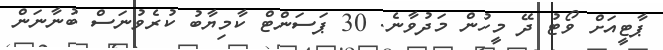
ޕާޓީއަށް ވޯޓު ދޭ މީހުން މަދުވާނެ. 30 ޕަސަންޓް ކާމިޔާބު ކުރެވުނަސް ބުނާނަން